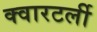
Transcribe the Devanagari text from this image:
क्वारटर्ली